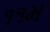
૧૧મ